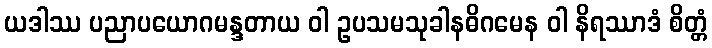
ယဒါဿ ပညာပယောဂမန္ဒတာယ ဝါ ဥပသမသုခါနဓိဂမေန ဝါ နိရဿာဒံ စိတ္တံ